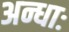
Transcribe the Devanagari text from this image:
अन्धाः